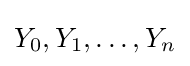
Y_{0},Y_{1},\ldots ,Y_{n}